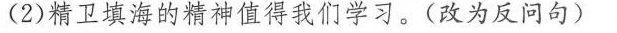
(2)精卫填海的精神值得我们学习。(改为反问句)